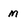
Character: m